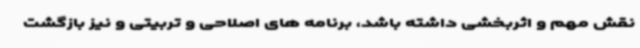
نقش مهم و اثربخشی داشته باشد، برنامه های اصلاحی و تربیتی و نیز بازگشت